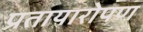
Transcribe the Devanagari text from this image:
प्रतायारोपण